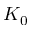
K _ { 0 }